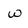
Character: w